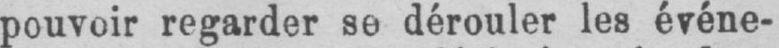
pouvoir regarder se dérouler les événe-